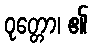
ဝုတ္တော၊ ၏